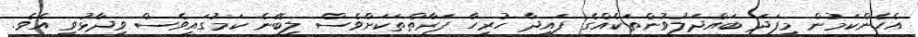
އެހެންކަމުން މިފަދަ ބައްދަލުވުންތަކެއްގެ ފައިދާ ހުރިހާ ފަރާތްތަކަށްވެސް ލިބޭނެ ކަމުގައިވެސް ވިދާޅުވި އެވެ.